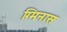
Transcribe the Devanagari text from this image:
ग्मिनास